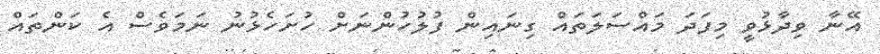
އޭނާ ވިދާޅުވީ މިފަދަ މައްސަލަތައް ގިނައިން ފުލުހުންނަށް ހުށަހެޅުނު ނަމަވެސް އެ ކަންތައް